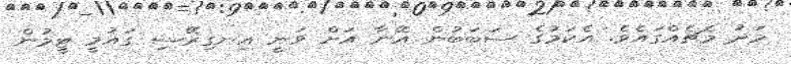
މަދު މެޗެއްގައެވެ. އެކަމުގެ ސަބަބުން އޭނާ އަށް ވަނީ އިނގިރޭސި ގައުމީ ޓީމުން